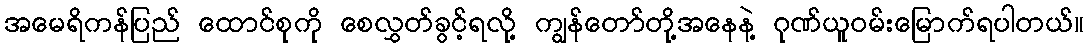
အမေရိကန်ပြည် ထောင်စုကို စေလွှတ်ခွင့်ရလို့ ကျွန်တော်တို့အနေနဲ့ ဂုဏ်ယူဝမ်းမြောက်ရပါတယ်။